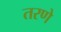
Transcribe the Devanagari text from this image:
तरणे